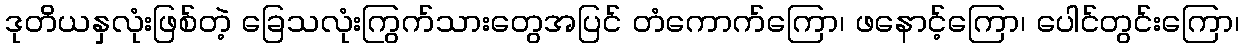
ဒုတိယနှလုံးဖြစ်တဲ့ ခြေသလုံးကြွက်သားတွေအပြင် တံကောက်ကြော၊ ဖနောင့်ကြော၊ ပေါင်တွင်းကြော၊